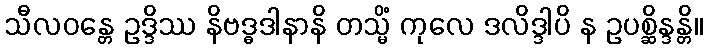
သီလဝန္တေ ဥဒ္ဒိဿ နိဗဒ္ဓဒါနာနိ တသ္မိံ ကုလေ ဒလိဒ္ဒါပိ န ဥပစ္ဆိန္ဒန္တိ။